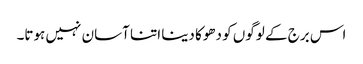
اس برج کے لوگوں کو دھوکا دینا اتنا آسان نہیں ہوتا۔